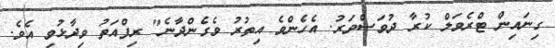
ގިނައިން ޓްރެވަލް ކުރާ ދުވަސްވަރު. އެހެންވެ އިތުރު ވެގެންދާނެ" ރިފްއަތު ވިދާޅުވި އެވެ.